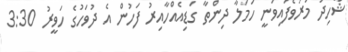
ޝާހިދު މަރުވެފައިވަނީ ހަމަލާ ދިންތާ ގަޑިއެއްހާއިރު ފަހުން އެ ދުވަހުގެ ހަވީރު 3:30